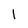
Character: l